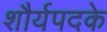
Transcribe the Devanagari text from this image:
शौर्यपदके